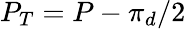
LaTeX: P_{T}=P-\pi_{d}/2